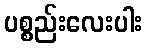
ပစ္စည်းလေးပါး